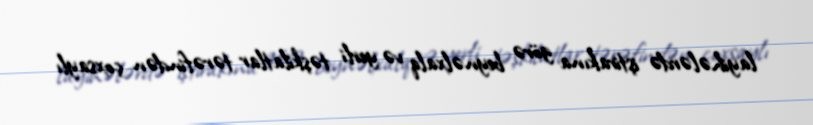
layihələrdə iştirakına görə beynəlxalq və yerli təşkilatlar tərəfindən çoxsaylı